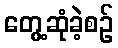
တွေ့ဆုံခဲ့စဉ်